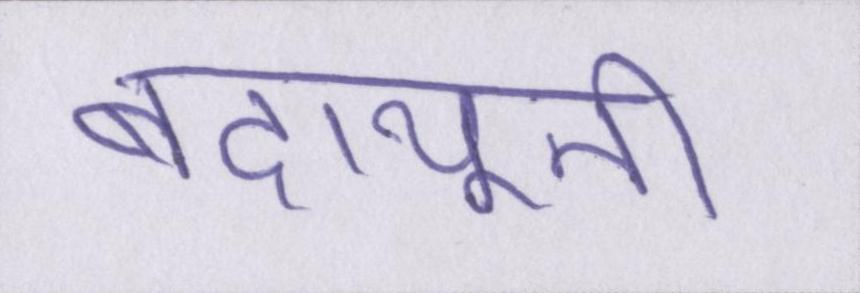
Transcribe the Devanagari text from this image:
बदायूनी